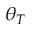
\theta _ { T }